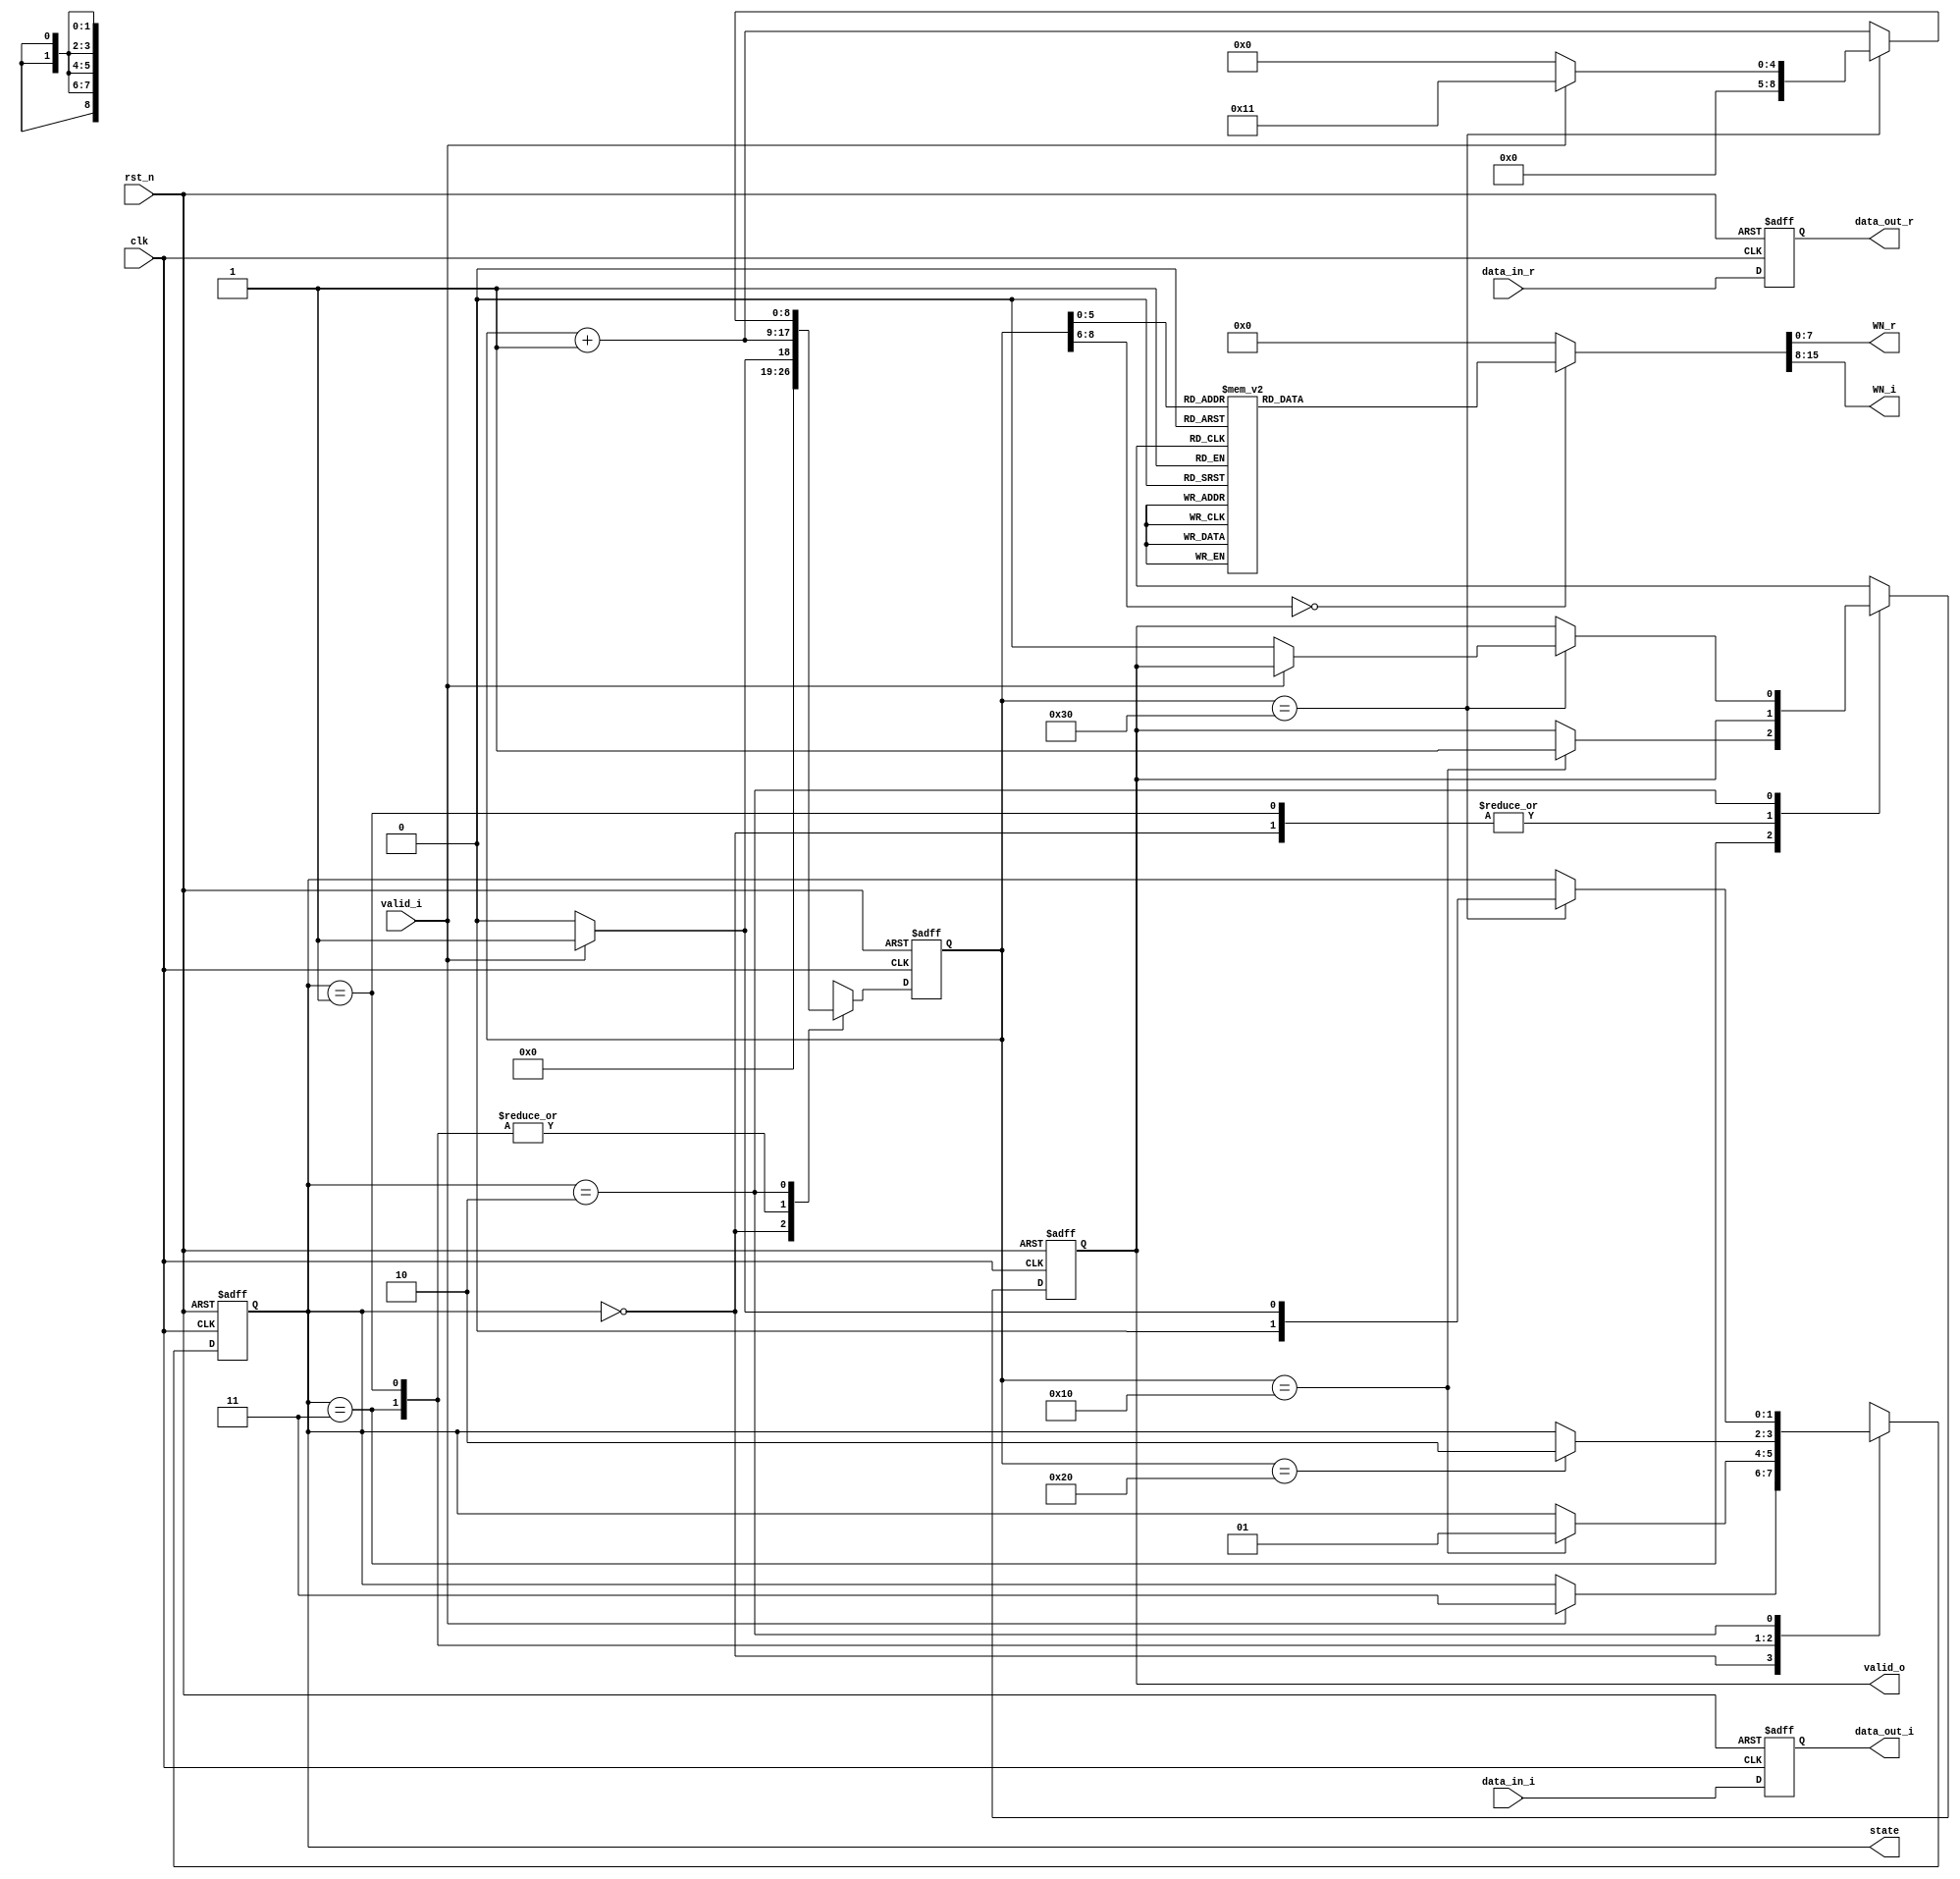
// ===================================================================
// Module: CTRL16
// 
// This is control-unit for 1st stage Butterfly unit
// Function:
//      1. Determine the input of the Butterfly unit
//      2. Give the exp(-j*2pi*n/N) to Butterfly unit
//      3. Control the input and the mux before/after the shift register
//
// Note that data_out is connected to the port A of the Butterfly unit
//     (flipfloped data_in)
// 
// ===================================================================
module CTRL16(
    input                       clk,
    input                       rst_n,
    input                       valid_i,
    input signed [10:0]          data_in_r, // (5,6)
    input signed [10:0]          data_in_i, // (5,6)
    
    output reg                  valid_o,         
    output reg [1:0]            state,
    output reg signed [10:0]     data_out_r, // (5,6)
    output reg signed [10:0]     data_out_i, // (5,6)
    output reg signed [7:0]     WN_r,
    output reg signed [7:0]     WN_i
);
    
    // state parameter
    parameter IDLE      = 2'b00;
    parameter FIRST     = 2'b01;
    parameter SECOND    = 2'b10;
    parameter WAITING   = 2'b11;

    // Wire-Reg declaration
    reg [8:0] count, next_count;
    reg [1:0] next_state;
    reg next_valid_o;
    
    // Combinational part - state logic
    always@(*) begin
        next_count = count;
        next_state = state;
        next_valid_o = valid_o;
        case(state)
            IDLE: begin
                next_count = 0;
                if(valid_i) begin
                    next_state = WAITING;
                    next_count = 1;
                end
            end
            WAITING: begin
                next_count = count + 1;
                if(count == 16) begin
                    next_state = FIRST;
                    // After 16 cycles, we are going to output g
                    next_valid_o = 1;
                end
            end
            FIRST: begin
                next_count = count + 1;
                if(count == 32) begin
                    // After 32 cycles, we are going to output h
                    next_state = SECOND;
                end
            end
            SECOND: begin
                next_count = count + 1;
                if(count == 48) begin
                    // After 48 cycles, all data have been outputed
                    if(valid_i) begin
                        next_state = FIRST;
                        next_count = 17;
                    end
                    else begin
                        next_state = IDLE;
                        next_count = 0;
                        next_valid_o = 0;
                    end
                end
            end
        endcase
    end

    // Combinational part - WN logic
    always@(*) begin
        // Send the exp(-j*2*pi*n/16) where n go from 0 to 15
        // format: 8bit (2 integer, 6 fractional)
        case(count)
            33: begin
                WN_r = 8'b01000000;
                WN_i = 8'b00000000;
            end
            34: begin
                WN_r = 8'b00111110;
                WN_i = 8'b11110011;
            end
            35: begin
                WN_r = 8'b00111011;
                WN_i = 8'b11100111;
            end
            36: begin
                WN_r = 8'b00110101;
                WN_i = 8'b11011100;
            end
            37: begin
                WN_r = 8'b00101101;
                WN_i = 8'b11010010;
            end
            38: begin
                WN_r = 8'b00100011;
                WN_i = 8'b11001010;
            end
            39: begin
                WN_r = 8'b00011000;
                WN_i = 8'b11000100;
            end
            40: begin
                WN_r = 8'b00001100;
                WN_i = 8'b11000001;
            end
            41: begin
                WN_r = 8'b00000000;
                WN_i = 8'b11000000;
            end
            42: begin
                WN_r = 8'b11110011;
                WN_i = 8'b11000001;
            end
            43: begin
                WN_r = 8'b11100111;
                WN_i = 8'b11000100;
            end
            44: begin
                WN_r = 8'b11011100;
                WN_i = 8'b11001010;
            end
            45: begin
                WN_r = 8'b11010010;
                WN_i = 8'b11010010;
            end
            46: begin
                WN_r = 8'b11001010;
                WN_i = 8'b11011100;
            end
            47: begin
                WN_r = 8'b11000100;
                WN_i = 8'b11100111;
            end
            48: begin
                WN_r = 8'b11000001;
                WN_i = 8'b11110011;
            end
            default: begin
                WN_r = 8'b00000000;
                WN_i = 8'b00000000;
            end
        endcase
    end

    // Sequential part
    always@(posedge clk or negedge rst_n) begin
        if(!rst_n) begin
            state <= IDLE;
            count <= 0;
            data_out_r <= 0;
            data_out_i <= 0;
            valid_o <= 0;
        end
        else begin
            state <= next_state;
            count <= next_count;
            data_out_r <= data_in_r;
            data_out_i <= data_in_i;
            valid_o <= next_valid_o;
        end
    end
endmodule